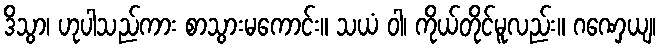
ဒိသွာ၊ ဟုပါသည်ကား စာသွားမကောင်း။ သယံ ဝါ၊ ကိုယ်တိုင်မူလည်း။ ဂဏှေယျ၊